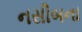
નસીબના